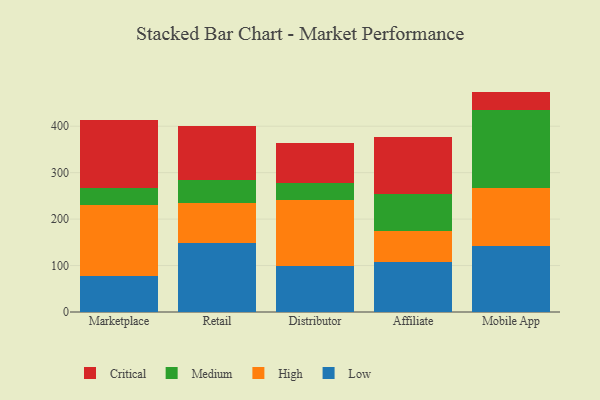
{"axis": {"x": "Channel", "y": "Latency (ms)"}, "legend": ["Critical", "High", "Low", "Medium"], "data": [{"x": "Marketplace", "y": 78.3, "type": "Low"}, {"x": "Marketplace", "y": 151.2, "type": "High"}, {"x": "Marketplace", "y": 36.4, "type": "Medium"}, {"x": "Marketplace", "y": 146.5, "type": "Critical"}, {"x": "Retail", "y": 148.5, "type": "Low"}, {"x": "Retail", "y": 87.1, "type": "High"}, {"x": "Retail", "y": 49.1, "type": "Medium"}, {"x": "Retail", "y": 116.3, "type": "Critical"}, {"x": "Distributor", "y": 98.7, "type": "Low"}, {"x": "Distributor", "y": 143.4, "type": "High"}, {"x": "Distributor", "y": 36.0, "type": "Medium"}, {"x": "Distributor", "y": 86.2, "type": "Critical"}, {"x": "Affiliate", "y": 107.7, "type": "Low"}, {"x": "Affiliate", "y": 67.5, "type": "High"}, {"x": "Affiliate", "y": 79.9, "type": "Medium"}, {"x": "Affiliate", "y": 120.6, "type": "Critical"}, {"x": "Mobile App", "y": 141.8, "type": "Low"}, {"x": "Mobile App", "y": 125.2, "type": "High"}, {"x": "Mobile App", "y": 168.2, "type": "Medium"}, {"x": "Mobile App", "y": 39.3, "type": "Critical"}]}